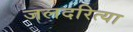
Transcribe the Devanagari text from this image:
जलदरित्या